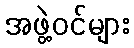
အဖွဲ့ဝင်များ